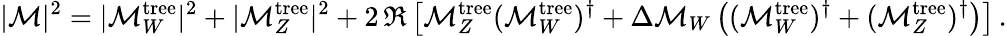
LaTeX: |{\cal M}|^{2}=|{\cal M}_{W}^{\mathrm{tree}}|^{2}+|{\cal M}_{Z}^{\mathrm{tree}}|^{2}+2\, \Re\left[{\cal M}_{Z}^{\mathrm{tree}}({\cal M}_{W}^{\mathrm{tree}})^{\dagger}+\Delta{\cal M}_{W}\left(({\cal M}_{W}^{\mathrm{tree}})^{\dagger}+({\cal M}_{Z}^{\mathrm{tree}})^{\dagger}\right)\right]\, .